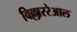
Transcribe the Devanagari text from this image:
विल्लाररेआल